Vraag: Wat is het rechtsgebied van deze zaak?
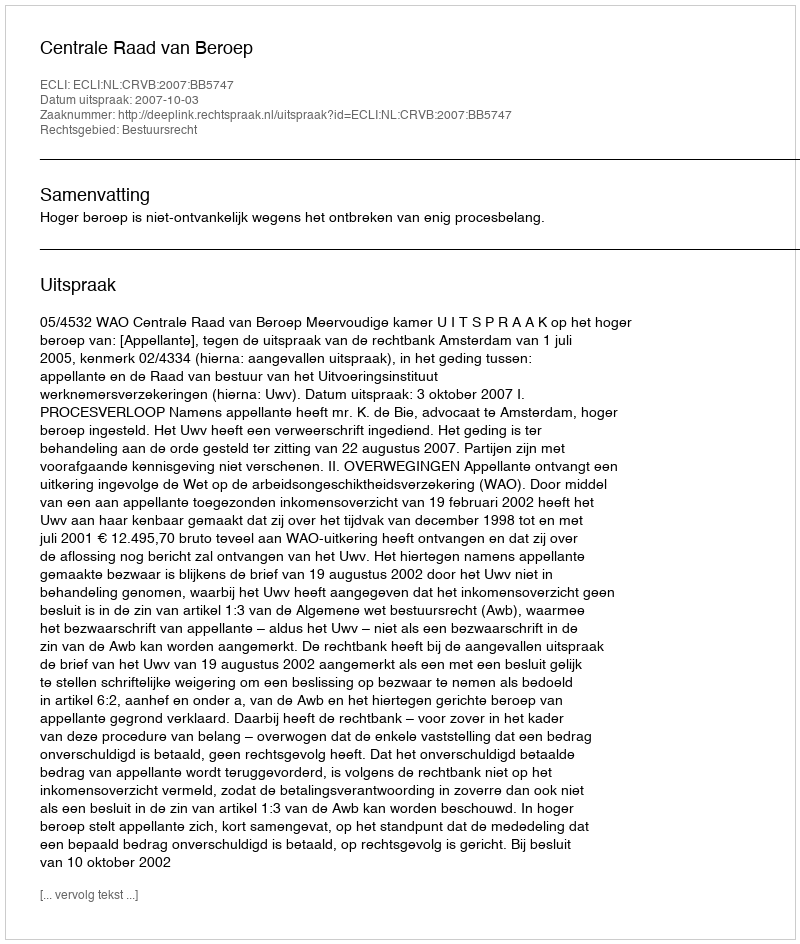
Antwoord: Bestuursrecht